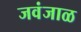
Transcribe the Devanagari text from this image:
जवंजाळ